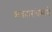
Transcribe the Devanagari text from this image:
व्यवहारांप्रमाणे